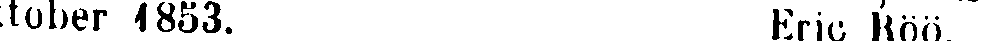
tober 1853. Eric Röö